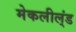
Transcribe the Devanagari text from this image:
मेकलील्ंड